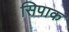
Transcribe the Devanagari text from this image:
सिपाक